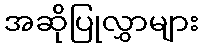
အဆိုပြုလွှာများ